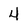
Character: 4